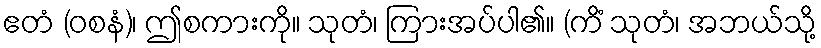
ဧတံ (ဝစနံ)၊ ဤစကားကို။ သုတံ၊ ကြားအပ်ပါ၏။ (ကိံ သုတံ၊ အဘယ်သို့